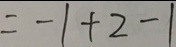
= - 1 + 2 - 1